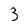
Character: 3